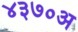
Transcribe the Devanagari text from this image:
४३७०अ